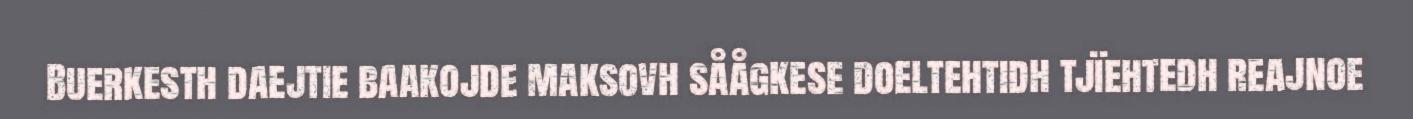
Buerkesth daejtie baakojde maksovh såågkese doeltehtidh tjïehtedh reajnoe